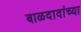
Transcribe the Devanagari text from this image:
बाळदादांच्या